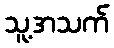
သူ့အသက်